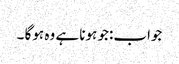
جواب:جو ہونا ہے وہ ہوگا ۔